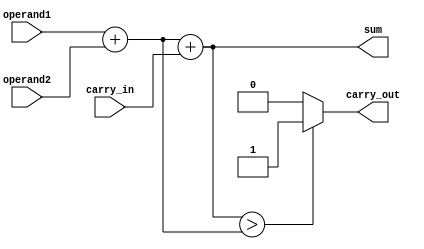
module carry_detect_adder (
    input wire [7:0] operand1,
    input wire [7:0] operand2,
    input wire carry_in,
    output wire [7:0] sum,
    output wire carry_out
);

    wire [7:0] partial_sum1;
    wire [7:0] partial_sum2;
    
    assign partial_sum1 = operand1 + operand2 + carry_in;
    assign partial_sum2 = operand1 + operand2;
    
    assign sum = partial_sum1;
    assign carry_out = (partial_sum1 > partial_sum2) ? 1'b1 : 1'b0;

endmodule